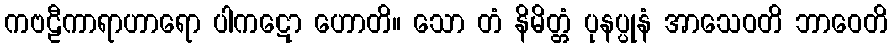
ကဗဠီကာရာဟာရော ပါကဋော ဟောတိ။ သော တံ နိမိတ္တံ ပုနပ္ပုနံ အာသေဝတိ ဘာဝေတိ